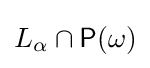
L_{\alpha }\cap {\mathsf {P}}(\omega )